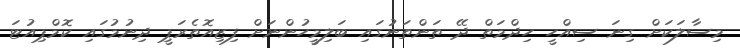
މިސާލަކަށް ގިނަ ސިއްހީ ހިދްމަތް ދޭ ތަންތަނުގައި ބަލިމީހުންނަށް ފިޒިއޮތެރަޕީ ދިނުމުގައި ކޮމްޕިއުޓަ